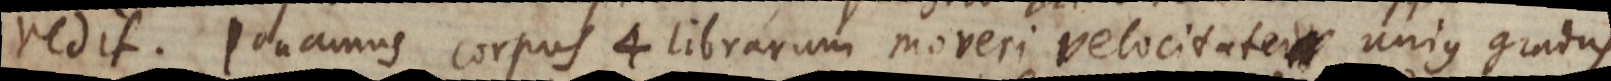
redit. Ponamus corpus 4 librarum moveri velocitate unius gradu